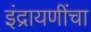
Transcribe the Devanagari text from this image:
इंद्रायणींचा